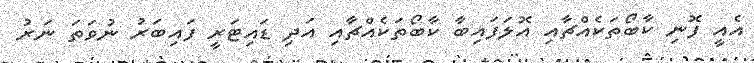
އެއީ ފޮނި ކާބޯތަކެއްޗާއި އޮލަފައިބާ ކާބޯތަކެއްޗާއި އަދި ޑައިޓަރީ ފައިބަރު ނުވަތަ ނަރު